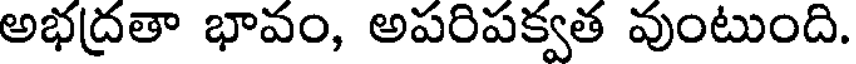
అభద్రతా భావం, అపరిపక్వత వుంటుంది.